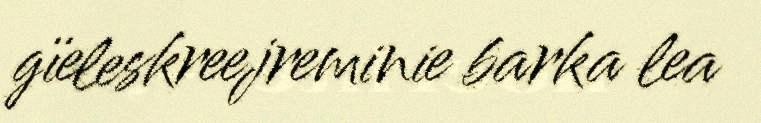
gïeleskreejreminie barka lea